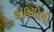
લાલચોથી